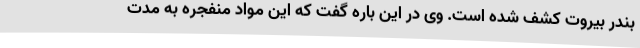
بندر بیروت کشف شده است. وی در این باره گفت که این مواد منفجره به مدت